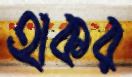
হাকর